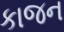
કાજન